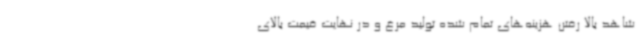
شاهد بالا رفتن هزینه‌های تمام شده تولید مرغ و در نهایت قیمت بالای